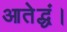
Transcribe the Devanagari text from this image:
आतेद्धं।